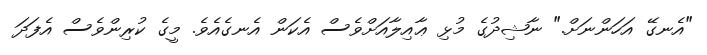
"އެނގޭ އަހަންނަށް." ނާޝިދުގެ މުޅި ޢާއިލާއަށްވެސް އެކަން އެނގެއެވެ. މީގެ ކުރިންވެސް އެފަދަ